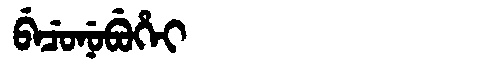
Manchu: ᠪᡝᠴᡠᠨᡠᠪᡠᡥᡝᡳ
Romanization: BECUNUBUHEI